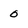
Character: 0